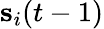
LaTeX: \mathbf s_{i}(t-1)